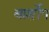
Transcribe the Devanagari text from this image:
बार्शोप